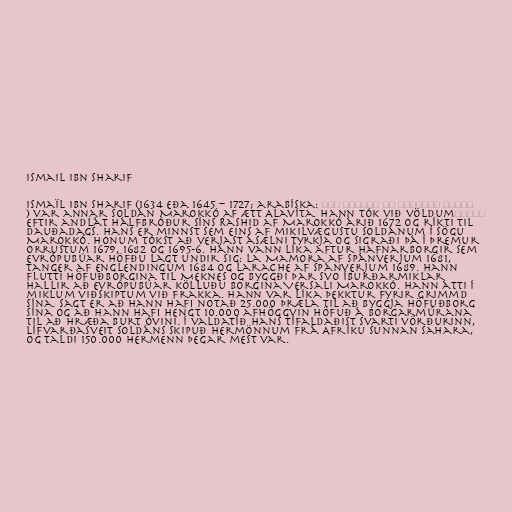
Ismail Ibn Sharif

Ismaïl Ibn Sharif (1634 eða 1645 − 1727; arabíska: مولاي إسماعيل بن الشريف ابن
النصر‎) var annar soldán Marokkó af ætt Alavíta. Hann tók við völdum
eftir andlát hálfbróður síns Rashid af Marokkó árið 1672 og ríkti til
dauðadags. Hans er minnst sem eins af mikilvægustu soldánum í sögu
Marokkó. Honum tókst að verjast ásælni Tyrkja og sigraði þá í þremur
orrustum 1679, 1682 og 1695-6. Hann vann líka aftur hafnarborgir sem
Evrópubúar höfðu lagt undir sig: La Mamora af Spánverjum 1681,
Tanger af Englendingum 1684 og Larache af Spánverjum 1689. Hann
flutti höfuðborgina til Meknes og byggði þar svo íburðarmiklar
hallir að Evrópubúar kölluðu borgina Versali Marokkó. Hann átti í
miklum viðskiptum við Frakka. Hann var líka þekktur fyrir grimmd
sína. Sagt er að hann hafi notað 25.000 þræla til að byggja höfuðborg
sína og að hann hafi hengt 10.000 afhöggvin höfuð á borgarmúrana
til að hræða burt óvini. Í valdatíð hans tífaldaðist Svarti vörðurinn,
lífvarðasveit soldáns skipuð hermönnum frá Afríku sunnan Sahara,
og taldi 150.000 hermenn þegar mest var.